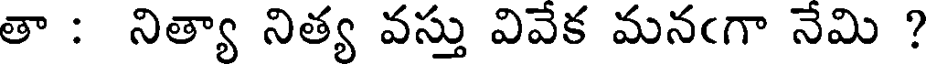
తా : నిత్యా నిత్య వస్తు వివేక మనఁగా నేమి ?